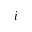
i